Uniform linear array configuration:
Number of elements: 16
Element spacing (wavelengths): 0.75
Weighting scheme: exponential
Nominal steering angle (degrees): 0
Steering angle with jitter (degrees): -1.968
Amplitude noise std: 0.05
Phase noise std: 0.05

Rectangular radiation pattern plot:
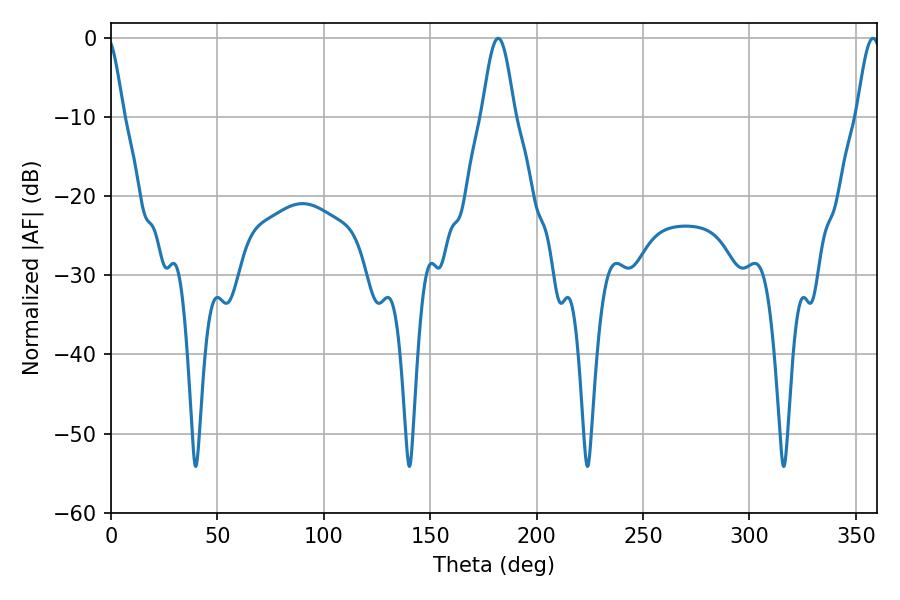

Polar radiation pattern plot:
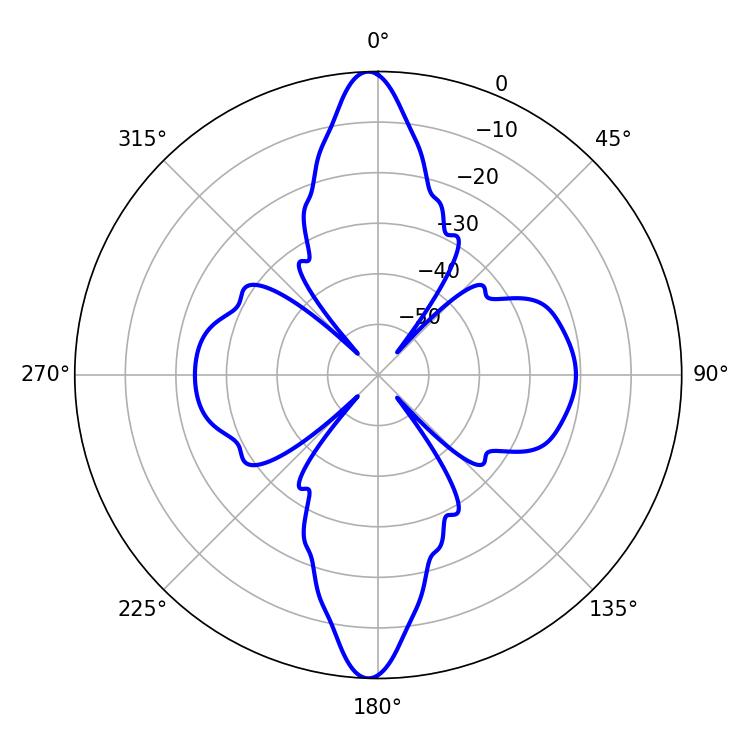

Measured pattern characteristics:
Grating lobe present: TRUE
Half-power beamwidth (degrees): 8.1
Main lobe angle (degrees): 181.98